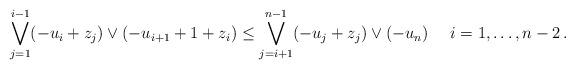
LaTeX: \begin{align*}\bigvee_{j = 1}^{i-1} (-u_i + z_j) \vee (-u_{i+1} + 1 + z_i) & \leq \bigvee_{j = i+1}^{n-1} (-u_j + z_j) \vee (-u_n) && \enspace i = 1, \dots, n-2 \, .\end{align*}